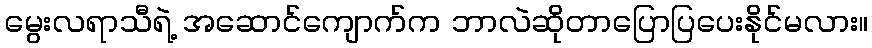
မွေးလရာသီရဲ့ အဆောင်ကျောက်က ဘာလဲဆိုတာပြောပြပေးနိုင်မလား။